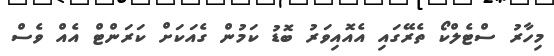
މިހާރު ސްޓެލްކޯ ތެރޭގައި އެއޮއިވަރު ބޮޑު ކަމުން ގެއަކަށް ކަރަންޓް އެއް ވެސް